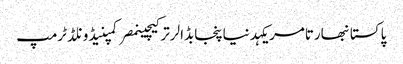
پاکستانبھارتامریکہدنیاپنجابڈالرترکیچینمصرکمپنیڈونلڈ ٹرمپ